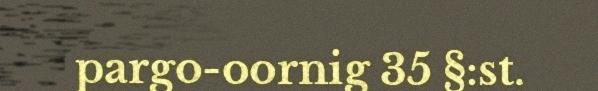
pargo-oornig 35 §:st.